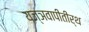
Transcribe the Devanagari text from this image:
यज्ञवापीतीर्थ